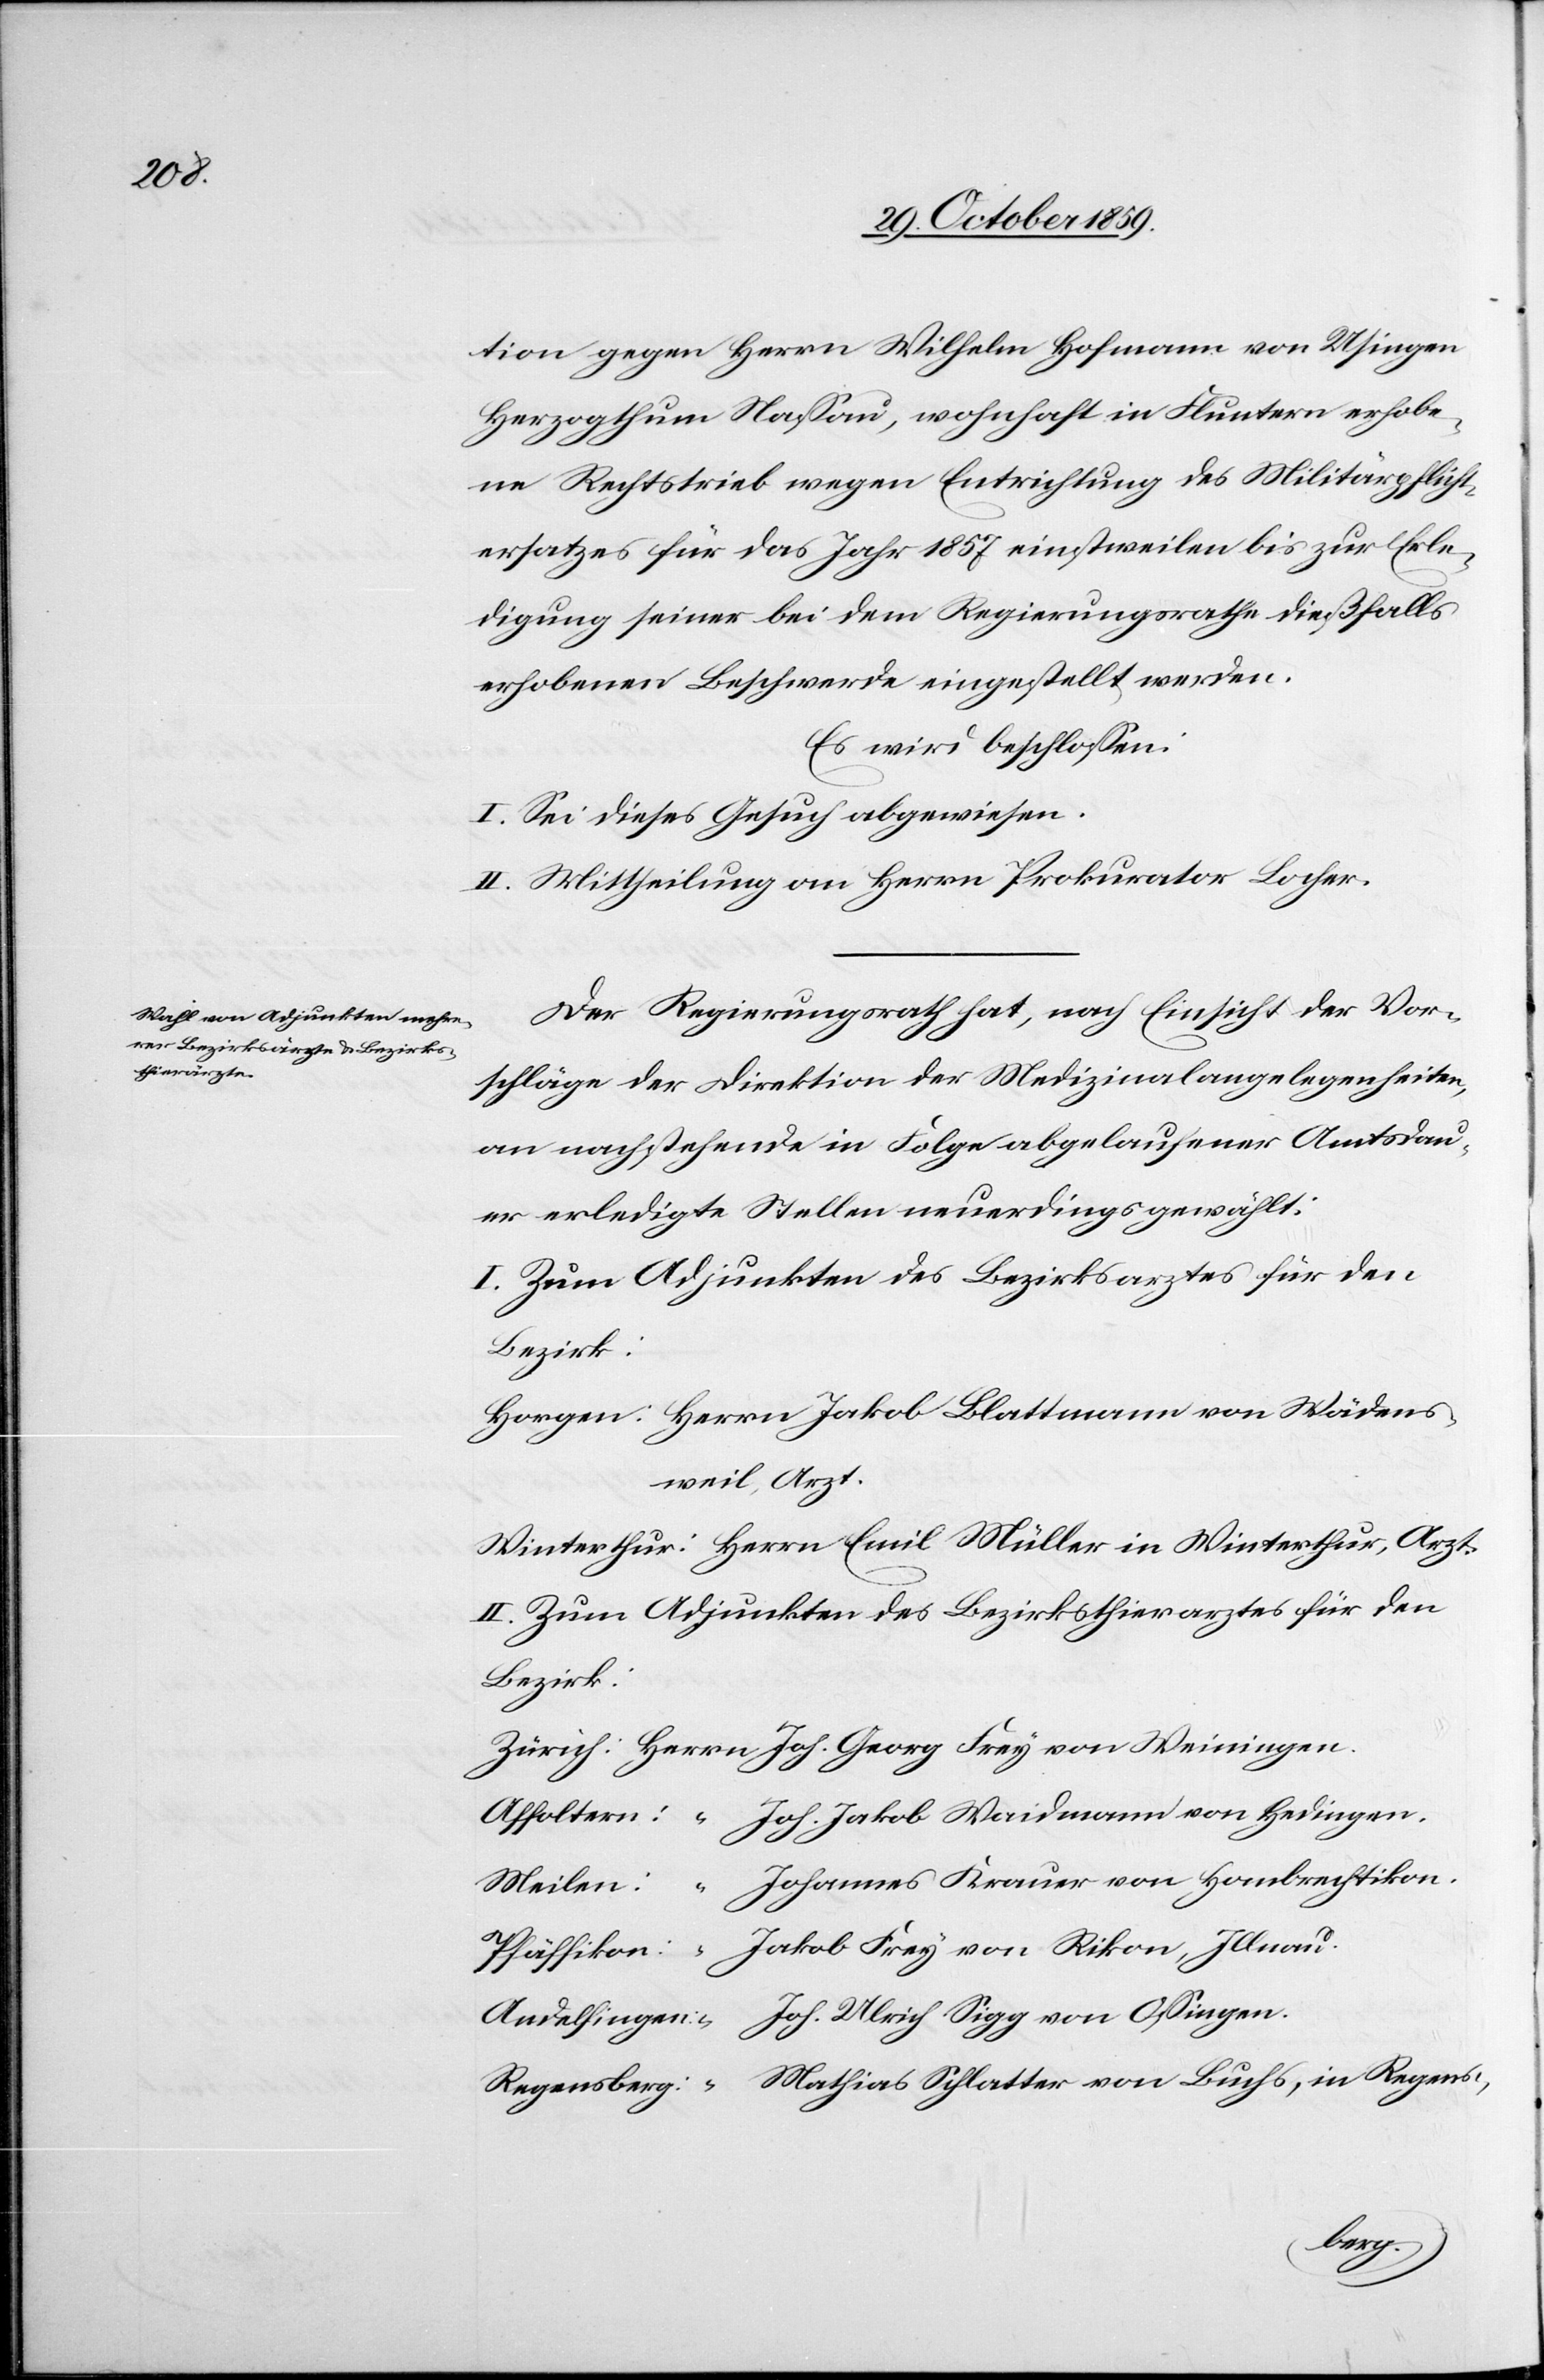
tion gegen Herrn Wilhelm Hofmann von Usingen
Herzogthum Hessen, wohnhaft in Fluntern erhobe¬
ne Rechtstrieb wegen Entrichtung des Militärpflicht¬
ersatzes für das Jahr 1857 einstweilen bis zur Erle¬
digung seiner bei dem Regierungsrathe dießfalls
erhobenen Beschwerde eingestellt werden.
Es wird beschlossen:
I. Sei dieses Gesuch abgewiesen.
II. Mittheilung an Herrn Prokurator Locher.
Der Regierungsrath hat, nach Einsicht der Vor¬
schläge der Direktion der Medizinalangelegenheiten,
an nachstehende in Folge abgelaufener Amtsdau¬
er erledigte Stellen neuerdings gewählt:
I. Zum Adjunkten des Bezirksarztes für den
Bezirk:
Horgen: Herrn Jakob Blattmann von Wädens¬
weil, Arzt.
Winterthur: Herrn Emil Müller in Winterthur, Arzt.
II. Zum Adjunkten des Bezirksthierarztes für den
Bezirk:
berg.
“